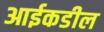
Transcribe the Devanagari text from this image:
आईकडील